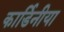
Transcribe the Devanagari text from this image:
कार्डिनीया